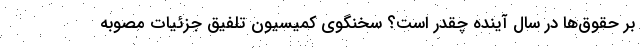
بر حقوق‌ها در سال آینده چقدر است؟ سخنگوی کمیسیون تلفیق جزئیات مصوبه